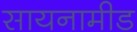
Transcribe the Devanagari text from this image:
सायनामीड